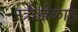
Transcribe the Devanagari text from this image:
स्त्रीखेळाडू